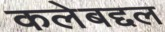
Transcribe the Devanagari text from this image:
कलेबद्दल